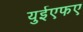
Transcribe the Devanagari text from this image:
युईएफए